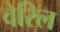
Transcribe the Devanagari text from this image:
वेरिल